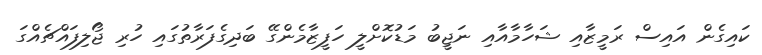
ކައިގެން އައިސް ރަމީޒާއި ޝަހާމާއާއި ނަޖީބު މަޑުކޮށްލީ ހަފީޒާމެންގޭ ބަދިގެފަރާތުގައި ހުރި ޖޯލިފައްޗެއްގަ